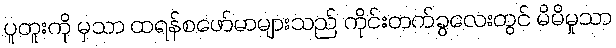
ပူတူးကို မှသာ ထရန်စဖော်မာများသည် ကိုင်းတက်ခွလေးတွင် မိမိမှုသာ